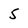
Character: 5